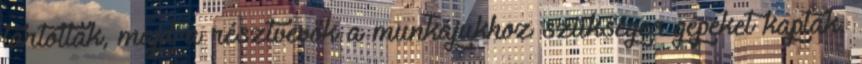
tartottak, majd a résztvevők a munkájukhoz szükséges gépeket kaptak.